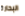
البحارة